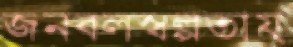
জনবলস্বল্পতায়